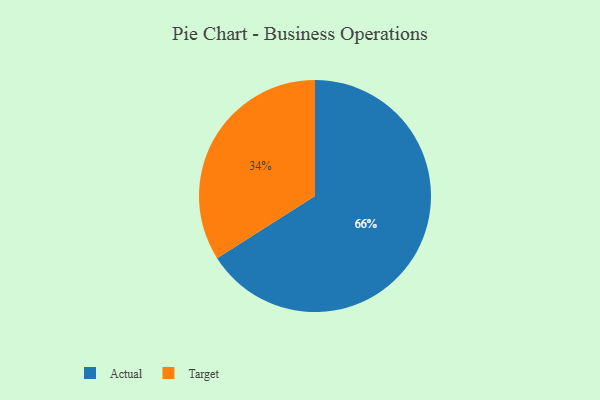
{"axis": {"x": "Category", "y": "Percentage"}, "legend": ["Actual", "Target"], "data": [{"x": "Target", "y": 34, "type": "Target"}, {"x": "Actual", "y": 66, "type": "Actual"}]}